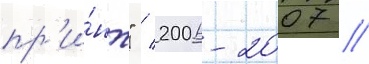
пр'и́нт" / 2006-2007 //